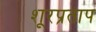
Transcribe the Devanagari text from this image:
शूरप्रताप